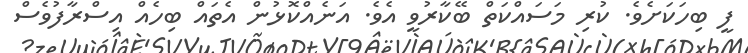
ފީ ބިހަކަށެވެ. ކުރި މަސައްކަތް ބޭކާރުވީ އެވެ. އަނެއްކޮޅުން އެތައް ބިހެއް އިސްރާފުވެސް